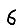
Digit: 6